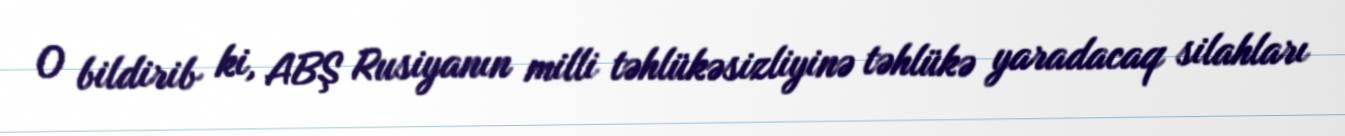
O bildirib ki, ABŞ Rusiyanın milli təhlükəsizliyinə təhlükə yaradacaq silahları